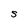
Character: S